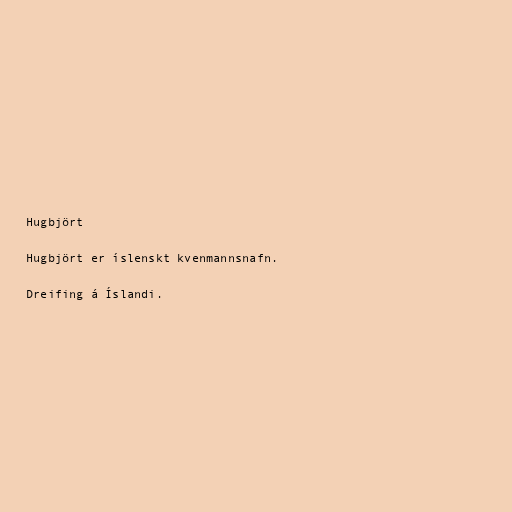
Hugbjört

Hugbjört er íslenskt kvenmannsnafn.

Dreifing á Íslandi.